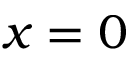
x = 0